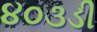
૪૦૩ડી